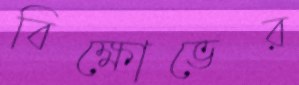
বিক্ষোভের